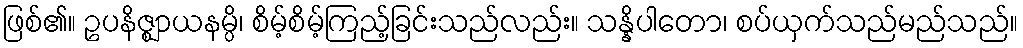
ဖြစ်၏။ ဥပနိဇ္ဈာယနမ္ပိ၊ စိမ့်စိမ့်ကြည့်ခြင်းသည်လည်း။ သန္နိပါတော၊ စပ်ယှက်သည်မည်သည်။